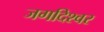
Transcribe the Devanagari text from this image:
जगदिश्वर